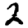
Digit: 2